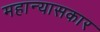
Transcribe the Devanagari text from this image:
महान्यासकार